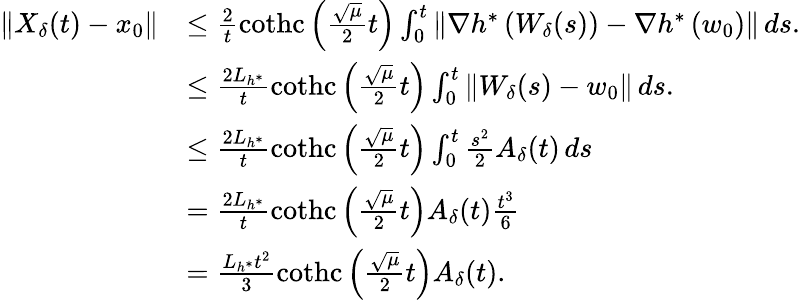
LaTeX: \begin{array}{rl}{\left\Vert X_{\delta}(t)-x_{0}\right\Vert}&{\leq\frac{2}{t}\operatorname{cothc}\left(\frac{\sqrt{\mu}}{2}t\right)\int_{0}^{t}\left\Vert\nabla h^{*}\left(W_{\delta}(s)\right)-\nabla h^{*}\left(w_{0}\right)\right\Vert\, ds.}\\ &{\leq\frac{2L_{h^{*}}}{t}\operatorname{cothc}\left(\frac{\sqrt{\mu}}{2}t\right)\int_{0}^{t}\left\Vert W_{\delta}(s)-w_{0}\right\Vert\, ds.}\\ &{\leq\frac{2L_{h^{*}}}{t}\operatorname{cothc}\left(\frac{\sqrt{\mu}}{2}t\right)\int_{0}^{t}\frac{s^{2}}{2}A_{\delta}(t)\, ds}\\ &{=\frac{2L_{h^{*}}}{t}\operatorname{cothc}\left(\frac{\sqrt{\mu}}{2}t\right)A_{\delta}(t)\frac{t^{3}}{6}}\\ &{=\frac{L_{h^{*}}t^{2}}{3}\operatorname{cothc}\left(\frac{\sqrt{\mu}}{2}t\right)A_{\delta}(t).}\end{array}